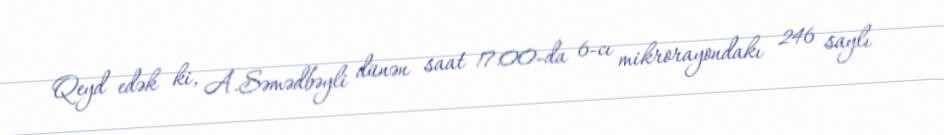
Qeyd edək ki, A.Səmədbəyli dünən saat 17:00-da 6-cı mikrorayondakı 246 saylı